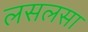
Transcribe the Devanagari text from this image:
लसलसा